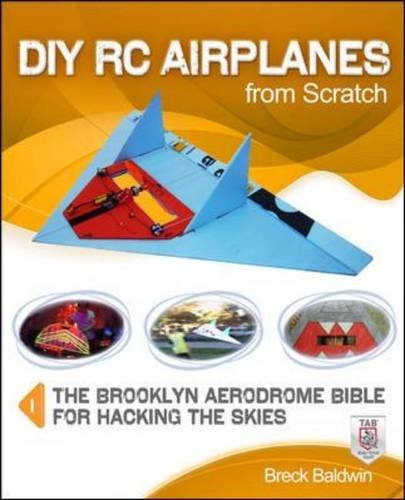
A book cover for DIY RC Airplanes from Scratch: The Brooklyn Aerodrome Bible for Hacking the Skies; Breck Baldwin; Sports & Outdoors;